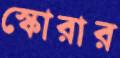
স্কোরার